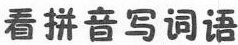
看拼音写词语